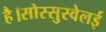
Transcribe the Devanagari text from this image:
है।सोस्सुस्वेलई